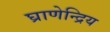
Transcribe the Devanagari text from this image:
घ्राणेन्द्रिय